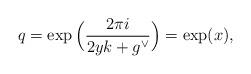
LaTeX: \begin{align*}q=\exp \Big( \frac{2\pi i}{2yk+g^\vee}\Big) = \exp(x),\end{align*}